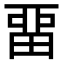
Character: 畱